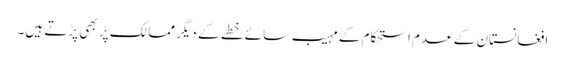
افغانستان کے عدم استحکام کے مہیب سائے خطے کے دیگر ممالک پر بھی پڑتے ہیں۔